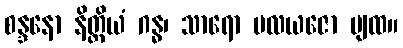
စန္ဒနော နိတ္ထိယံ ဂန္ဓ၊ သာရော မလယဇော ပျထ။